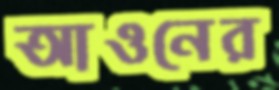
আওনের